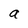
Character: a